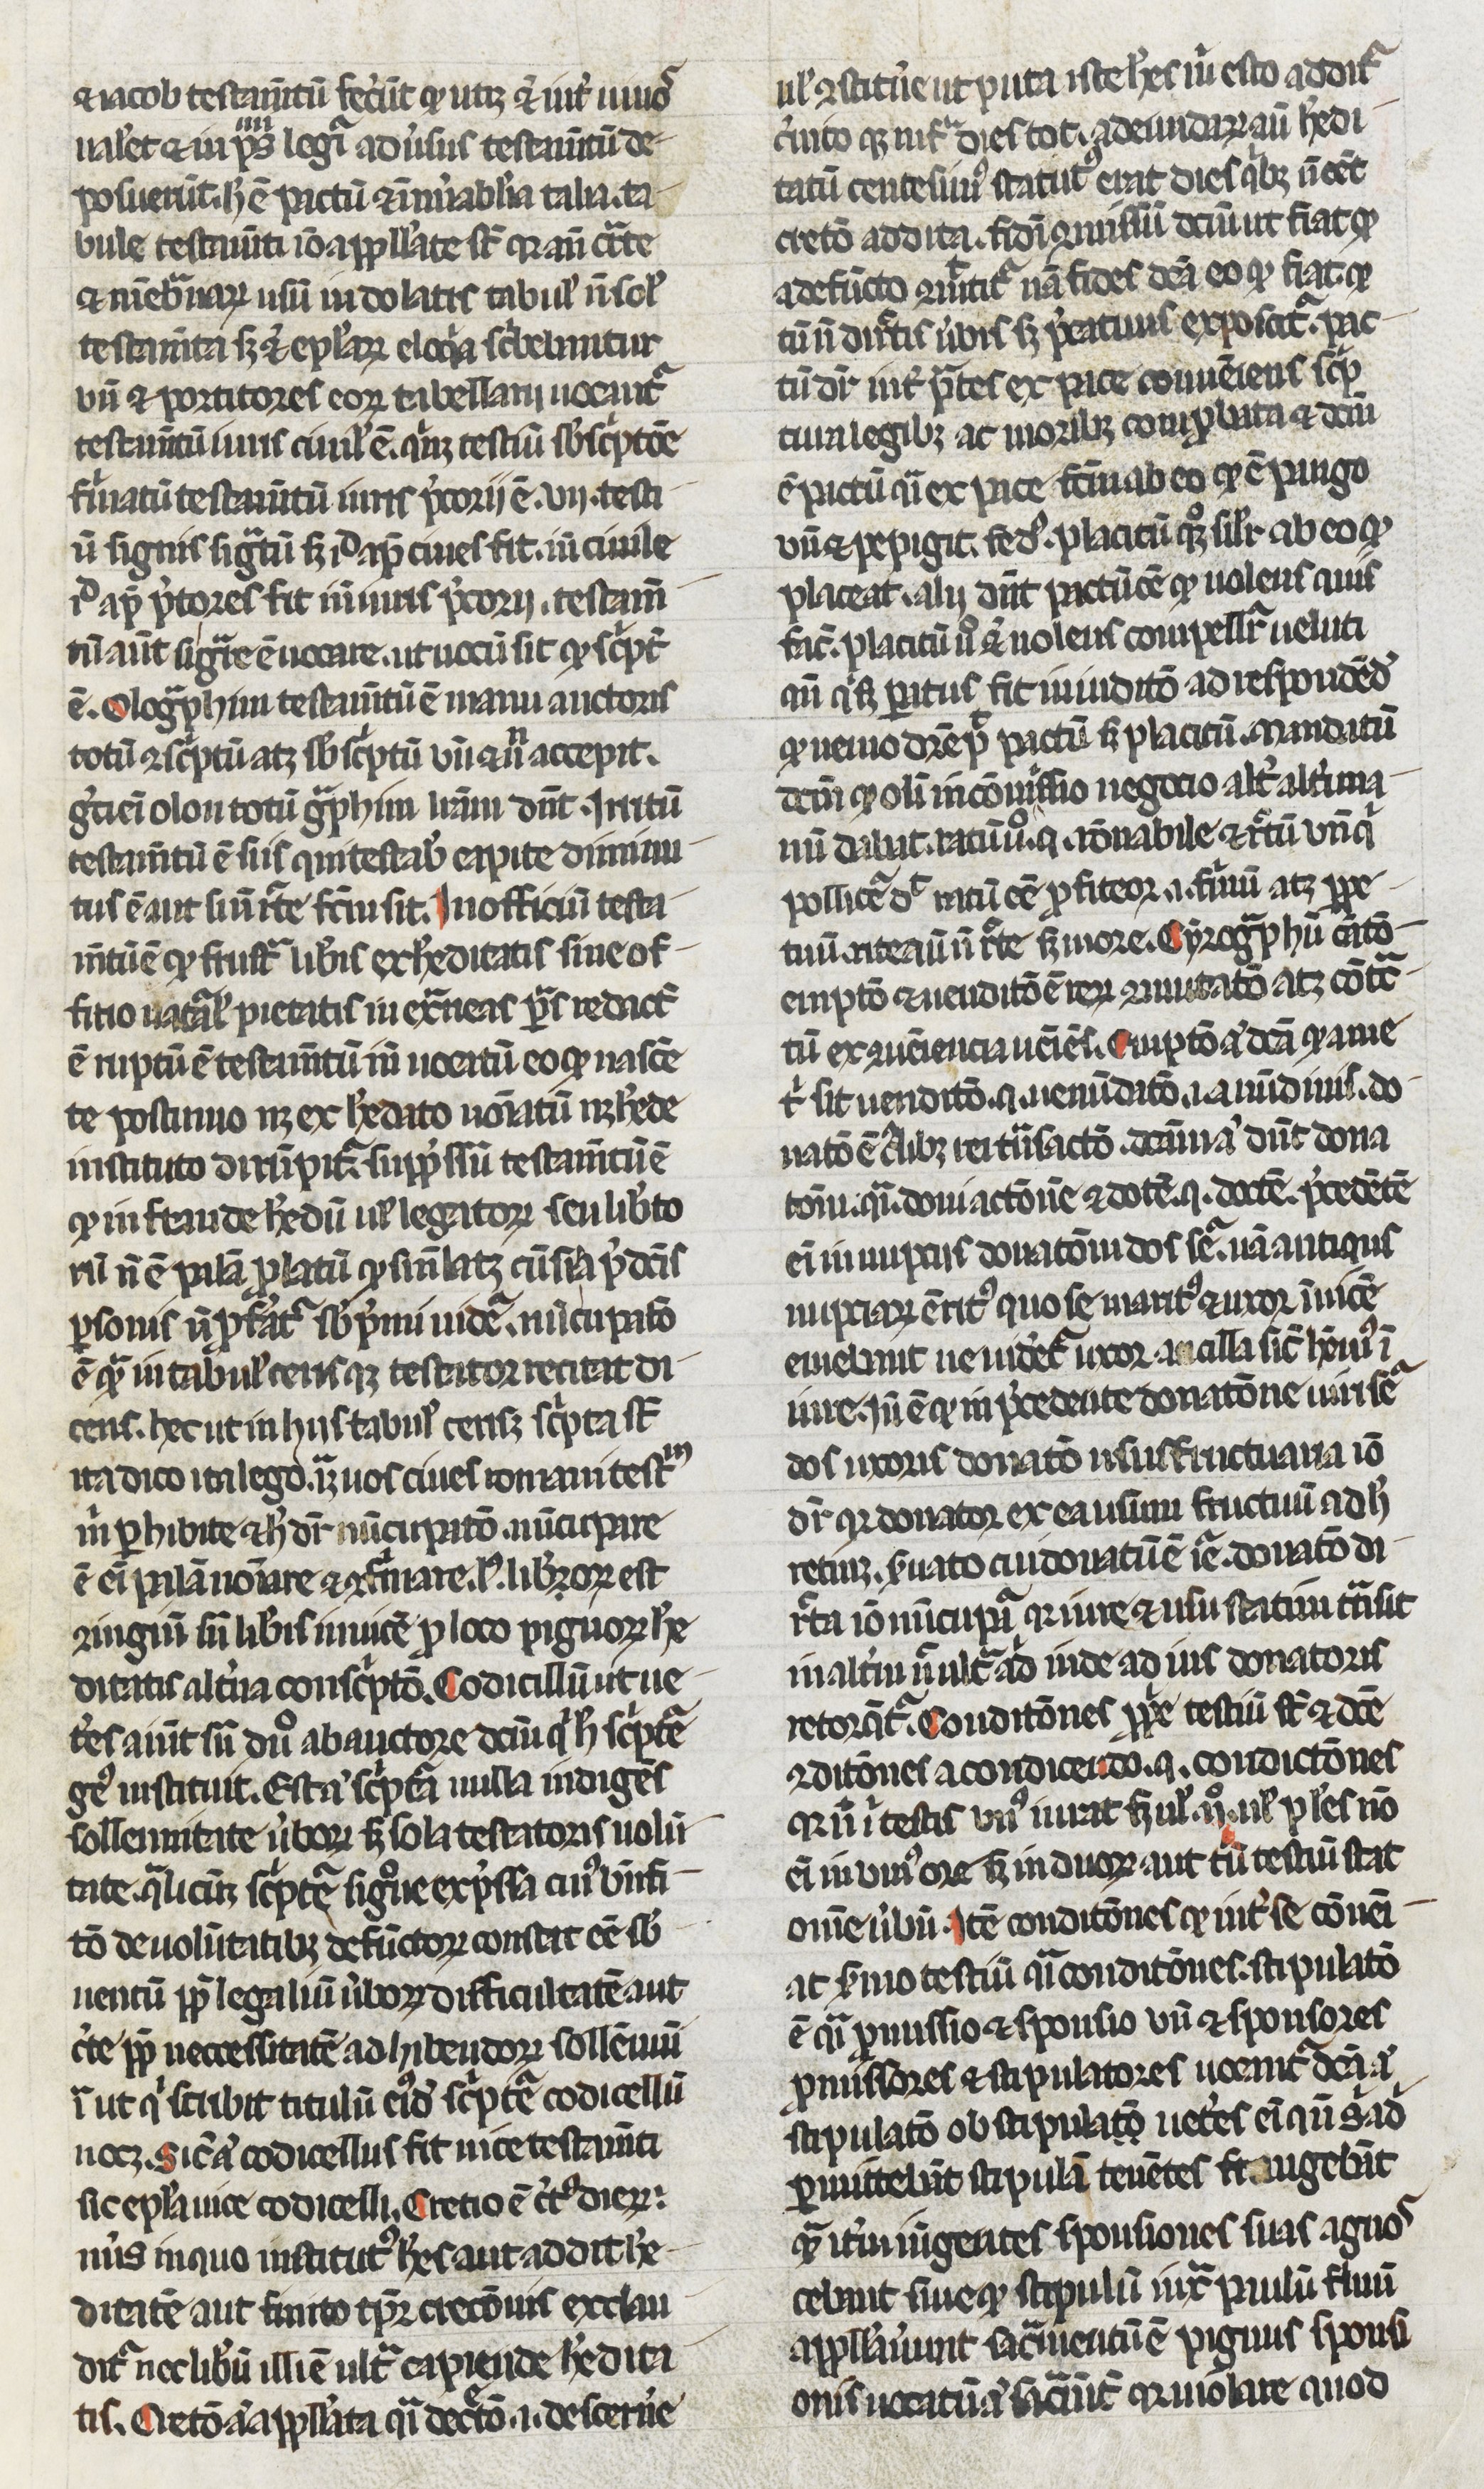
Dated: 1250–1299